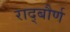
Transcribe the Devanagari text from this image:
राद्बौर्ण